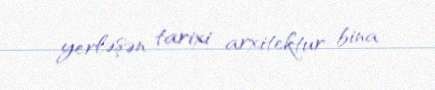
yerləşən tarixi arxitektur bina.